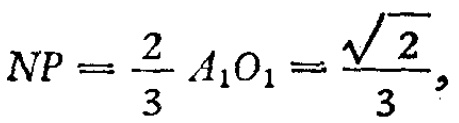
\[
NP=\frac{2}{3}A_{1}O_{1}=\frac{\sqrt{2}}{3},
\]